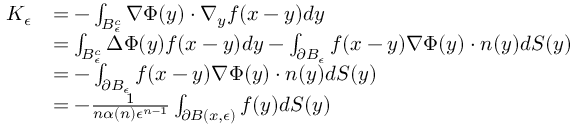
\begin{array} { r l } { K _ { \epsilon } } & { = - \int _ { B _ { \epsilon } ^ { c } } \nabla \Phi ( y ) \cdot \nabla _ { y } f ( x - y ) d y } \\ & { = \int _ { B _ { \epsilon } ^ { c } } \Delta \Phi ( y ) f ( x - y ) d y - \int _ { \partial B _ { \epsilon } } f ( x - y ) \nabla \Phi ( y ) \cdot n ( y ) d S ( y ) } \\ & { = - \int _ { \partial B _ { \epsilon } } f ( x - y ) \nabla \Phi ( y ) \cdot n ( y ) d S ( y ) } \\ & { = - \frac { 1 } { n \alpha ( n ) \epsilon ^ { n - 1 } } \int _ { \partial B ( x , \epsilon ) } f ( y ) d S ( y ) } \end{array}